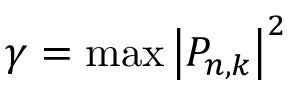
\gamma = \operatorname* { m a x } \left| P _ { n , k } \right| ^ { 2 }